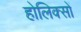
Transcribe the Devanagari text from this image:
होलिक्सों